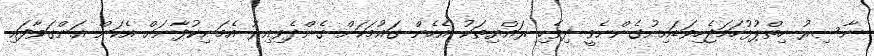
ނާސިރު ހިތްޕުޅުހަމަޖެހިވަޑައިނުގެންނެވީ ދިވެހި ރައްޔިތަކު އެހެން ގައުމަކަށް ގެންދެވިއިރު އެމަނިކުފާނަށް އެކަން އަންގަވާފައި